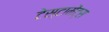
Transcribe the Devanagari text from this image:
टेस्टामेंट्स